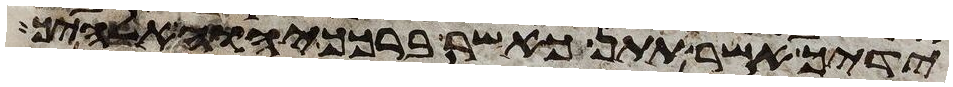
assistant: ידיך אשר תתן כאשר ברכך יהוה אלהיך